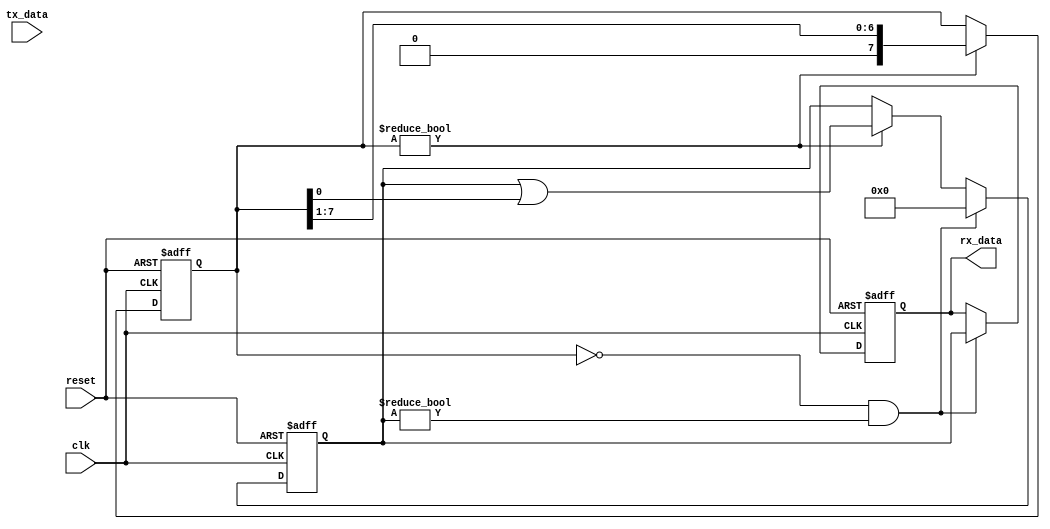
module spi_controller (
    input clk,
    input reset,
    input wire [7:0] tx_data,
    output reg [7:0] rx_data
);

// Timing control and synchronization blocks

reg [7:0] tx_buffer;
reg [7:0] rx_buffer;

always @(posedge clk or posedge reset) begin
    if (reset) begin
        tx_buffer <= 8'b0;
        rx_buffer <= 8'b0;
        rx_data <= 8'b0;
    end else begin
        if (tx_buffer != 8'b0) begin
            tx_buffer <= tx_buffer >> 1;
            rx_buffer <= rx_buffer | tx_buffer[0];
        end
        
        if (tx_buffer == 8'b0 && rx_buffer != 8'b0) begin
            rx_data <= rx_buffer;
            rx_buffer <= 8'b0;
        end
    end
end

endmodule